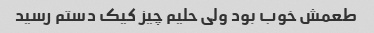
طعمش خوب بود ولی حلیم چیز کیک دستم رسید